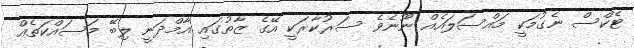
ޓެކްސް ނެގުމަކީ މައްސަލައެއް ނޫނެވެ ސަރުކާރަކީ އޭގެ ޒާތުގައި އާމްދަނީ ލިބޭ މަސައްކަތެއް